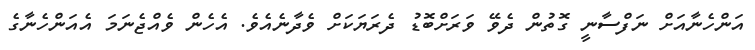
އަންހެނާއަށް ނަފްސާނީ ގޮތުން ދެވޭ ވަރަށްބޮޑު ދެރަޔަކަށް ވެދާނެއެވެ. އެހެން ވެއްޖެނަމަ އެއަންހެނާގެ